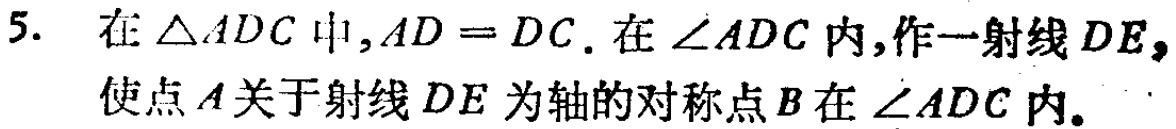
5. 在$\triangle ADC$中,$AD = DC$. 在$\angle ADC$内,作一射线$DE$,使点$A$关于射线$DE$为轴的对称点$B$在$\angle ADC$内.